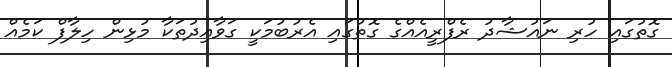
ގޮތުގައި ހުރި ނައުޝާދު ރެފްރީއެއްގެ ގޮތުގައި އެރުބުމަކީ ގަވާއިދުތަކާ މުޅިން ހިލާފް ކަމެއް